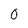
Character: 0